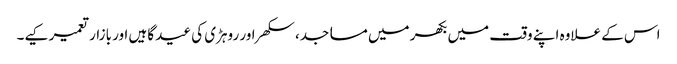
اس کے علاوہ اپنے وقت میں بکھر میں مساجد، سکھر اور روہڑی کی عید گاہیں اور بازار تعمیر کیے۔